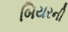
બિયરની